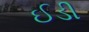
ઈડી